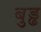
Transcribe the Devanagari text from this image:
बुड्ढ